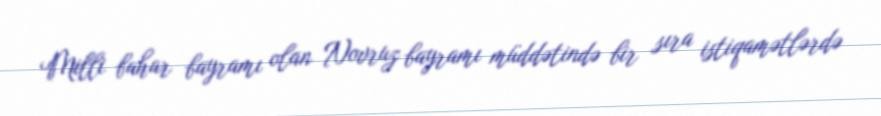
Milli bahar bayramı olan Novruz bayramı müddətində bir sıra istiqamətlərdə